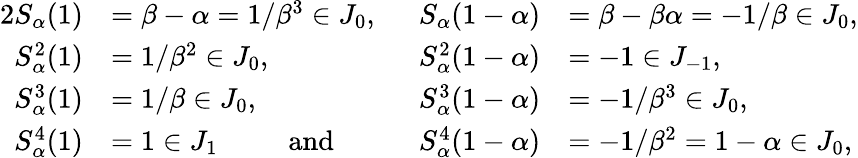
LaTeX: \begin{array}{rlrl}{{2}S_{\alpha}(1)}&{=\beta-\alpha=1/\beta^{3}\in J_{0},}&{S_{\alpha}(1-\alpha)}&{=\beta-\beta\alpha=-1/\beta\in J_{0},}\\ {S_{\alpha}^{2}(1)}&{=1/\beta^{2}\in J_{0},}&{S_{\alpha}^{2}(1-\alpha)}&{=-1\in J_{-1},}\\ {S_{\alpha}^{3}(1)}&{=1/\beta\in J_{0},\ \ \ \ }&{S_{\alpha}^{3}(1-\alpha)}&{=-1/\beta^{3}\in J_{0},}\\ {S_{\alpha}^{4}(1)}&{=1\in J_{1}\ \ \ \ \ \ \ \ \ \ \mathrm{and}\ \ \ \ \ \ \ \ }&{S_{\alpha}^{4}(1-\alpha)}&{=-1/\beta^{2}=1-\alpha\in J_{0},}\end{array}